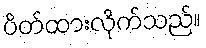
ပိတ်ထားလိုက်သည်။